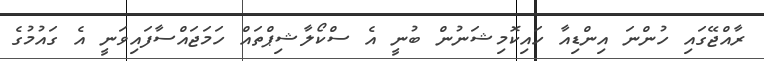
ރާއްޖޭގައި ހުންނަ އިންޑިއާ ހައިކޮމިޝަނުން ބުނީ އެ ސްކޯލާޝިޕްތައް ހަމަޖައްސާފައިވަނީ އެ ގައުމުގެ